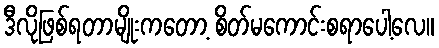
ဒီလိုဖြစ်ရတာမျိုးကတော့ စိတ်မကောင်းစရာပေါ့လေ။